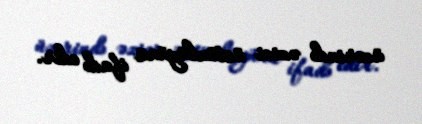
üzərində əzici üstünlüyünü ifadə edir.